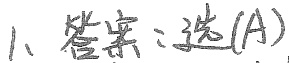
1、答案：选\(\textcircled{A}\)